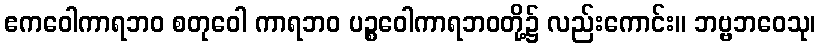
ဧကဝေါကာရဘဝ စတုဝေါ ကာရဘဝ ပဉ္စဝေါကာရဘဝတို့၌ လည်းကောင်း။ ဘဗ္ဗဘဝေသု၊